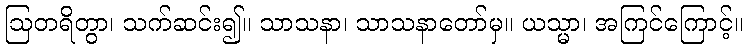
ဩတရိတွာ၊ သက်ဆင်း၍။ သာသနာ၊ သာသနာတော်မှ။ ယသ္မာ၊ အကြင်ကြောင့်။